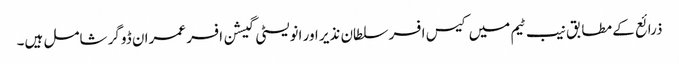
ذرائع کے مطابق نیب ٹیم میں کیس افسر سلطان نذیر اور انویسٹی گیشن افسر عمران ڈوگر شامل ہیں۔